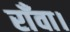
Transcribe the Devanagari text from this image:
राँवा।